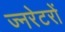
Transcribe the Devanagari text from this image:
ज्नरेटरों